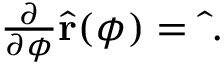
\begin{array} { r } { \frac { \partial } { \partial \phi } \hat { \bf r } ( \phi ) = \hat { \bf \Phi } . } \end{array}